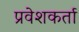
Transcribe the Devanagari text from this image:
प्रवेशकर्ता